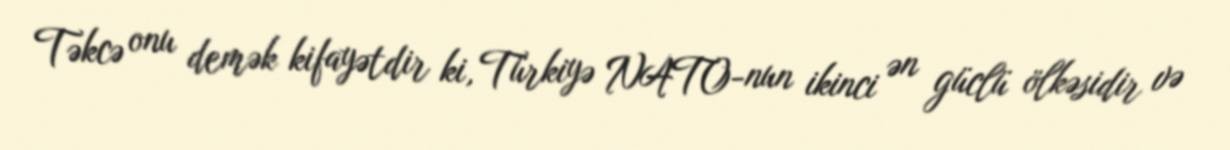
Təkcə onu demək kifayətdir ki, Türkiyə NATO-nun ikinci ən güclü ölkəsidir və